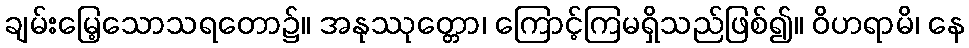
ချမ်းမြေ့သောသရတော၌။ အနုဿုတ္တော၊ ကြောင့်ကြမရှိသည်ဖြစ်၍။ ဝိဟရာမိ၊ နေ